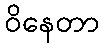
ဝိနေတာ